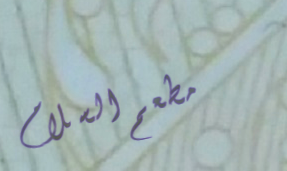
مطعم السلام